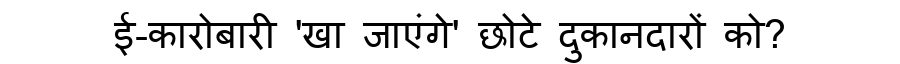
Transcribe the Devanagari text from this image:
ई-कारोबारी 'खा जाएंगे' छोटे दुकानदारों को?